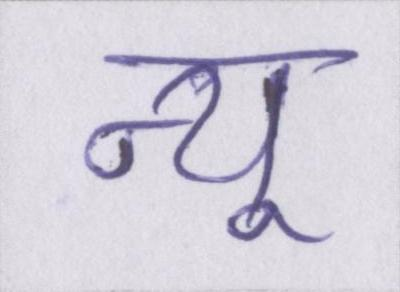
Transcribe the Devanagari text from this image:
न्यू